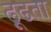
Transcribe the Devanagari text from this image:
ढ़ूढता